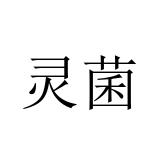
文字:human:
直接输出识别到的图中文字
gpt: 灵菌